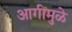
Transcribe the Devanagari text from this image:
आगींमुळे